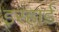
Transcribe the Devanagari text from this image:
इरहार्ड